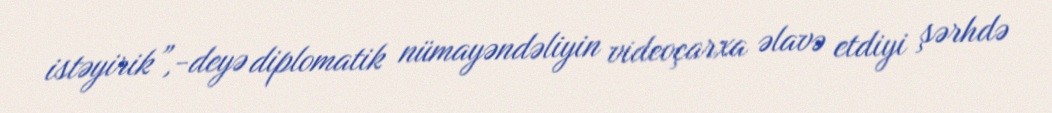
istəyirik”,-deyə diplomatik nümayəndəliyin videoçarxa əlavə etdiyi şərhdə